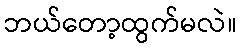
ဘယ်တော့ထွက်မလဲ။